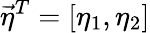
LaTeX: \vec{\eta}^{T}=\left[\eta_{1},\eta_{2}\right]